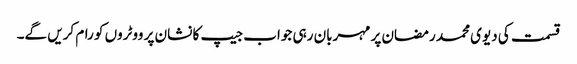
قسمت کی دیوی محمد رمضان پر مہربان رہی جواب جیپ کا نشان پر ووٹروں کو رام کریں گے۔